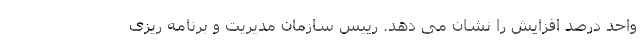
واحد درصد افزایش را نشان می دهد. رییس سازمان مدیریت و برنامه ریزی